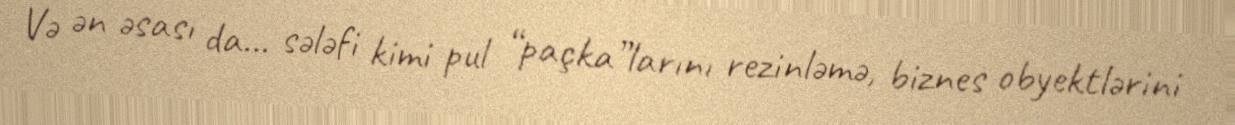
Və ən əsası da... sələfi kimi pul “paçka”larını rezinləmə, biznes obyektlərini